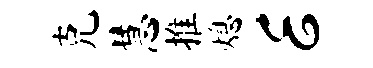
克慧推熄E